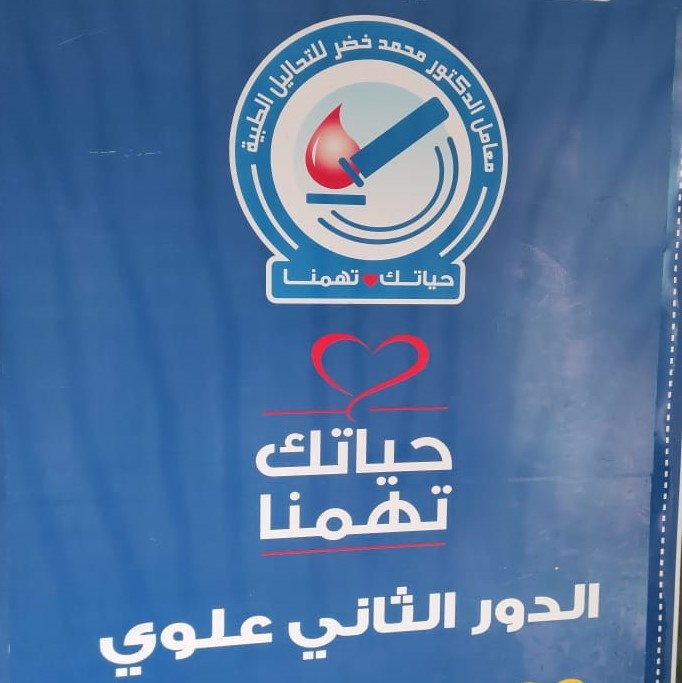
Text in image: خضر محمد للتحاليل الدكتور الطبية معامل تهمنا حياتك حياتك تهمنا الدور الثاني علوي